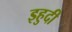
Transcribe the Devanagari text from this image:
इहुदी